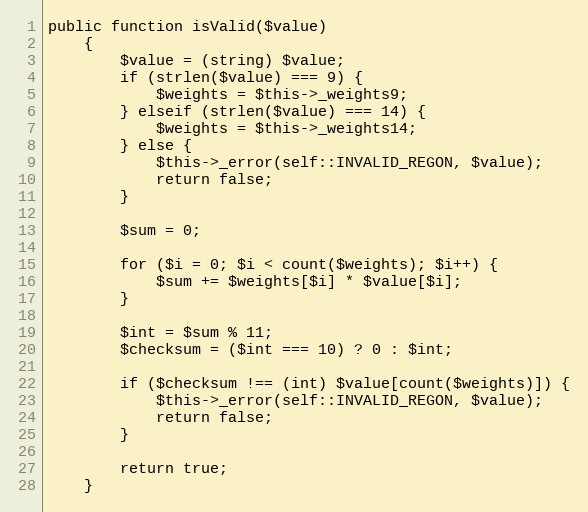
Language: PHP
public function isValid($value)
    {
        $value = (string) $value;
        if (strlen($value) === 9) {
            $weights = $this->_weights9;
        } elseif (strlen($value) === 14) {
            $weights = $this->_weights14;
        } else {
            $this->_error(self::INVALID_REGON, $value);
            return false;
        }

        $sum = 0;

        for ($i = 0; $i < count($weights); $i++) {
            $sum += $weights[$i] * $value[$i];
        }

        $int = $sum % 11;
        $checksum = ($int === 10) ? 0 : $int;

        if ($checksum !== (int) $value[count($weights)]) {
            $this->_error(self::INVALID_REGON, $value);
            return false;
        }

        return true;
    }